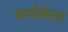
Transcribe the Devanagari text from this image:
वर्णलेला